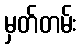
မှတ်တမ်း